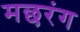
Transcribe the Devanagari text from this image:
मछरंग